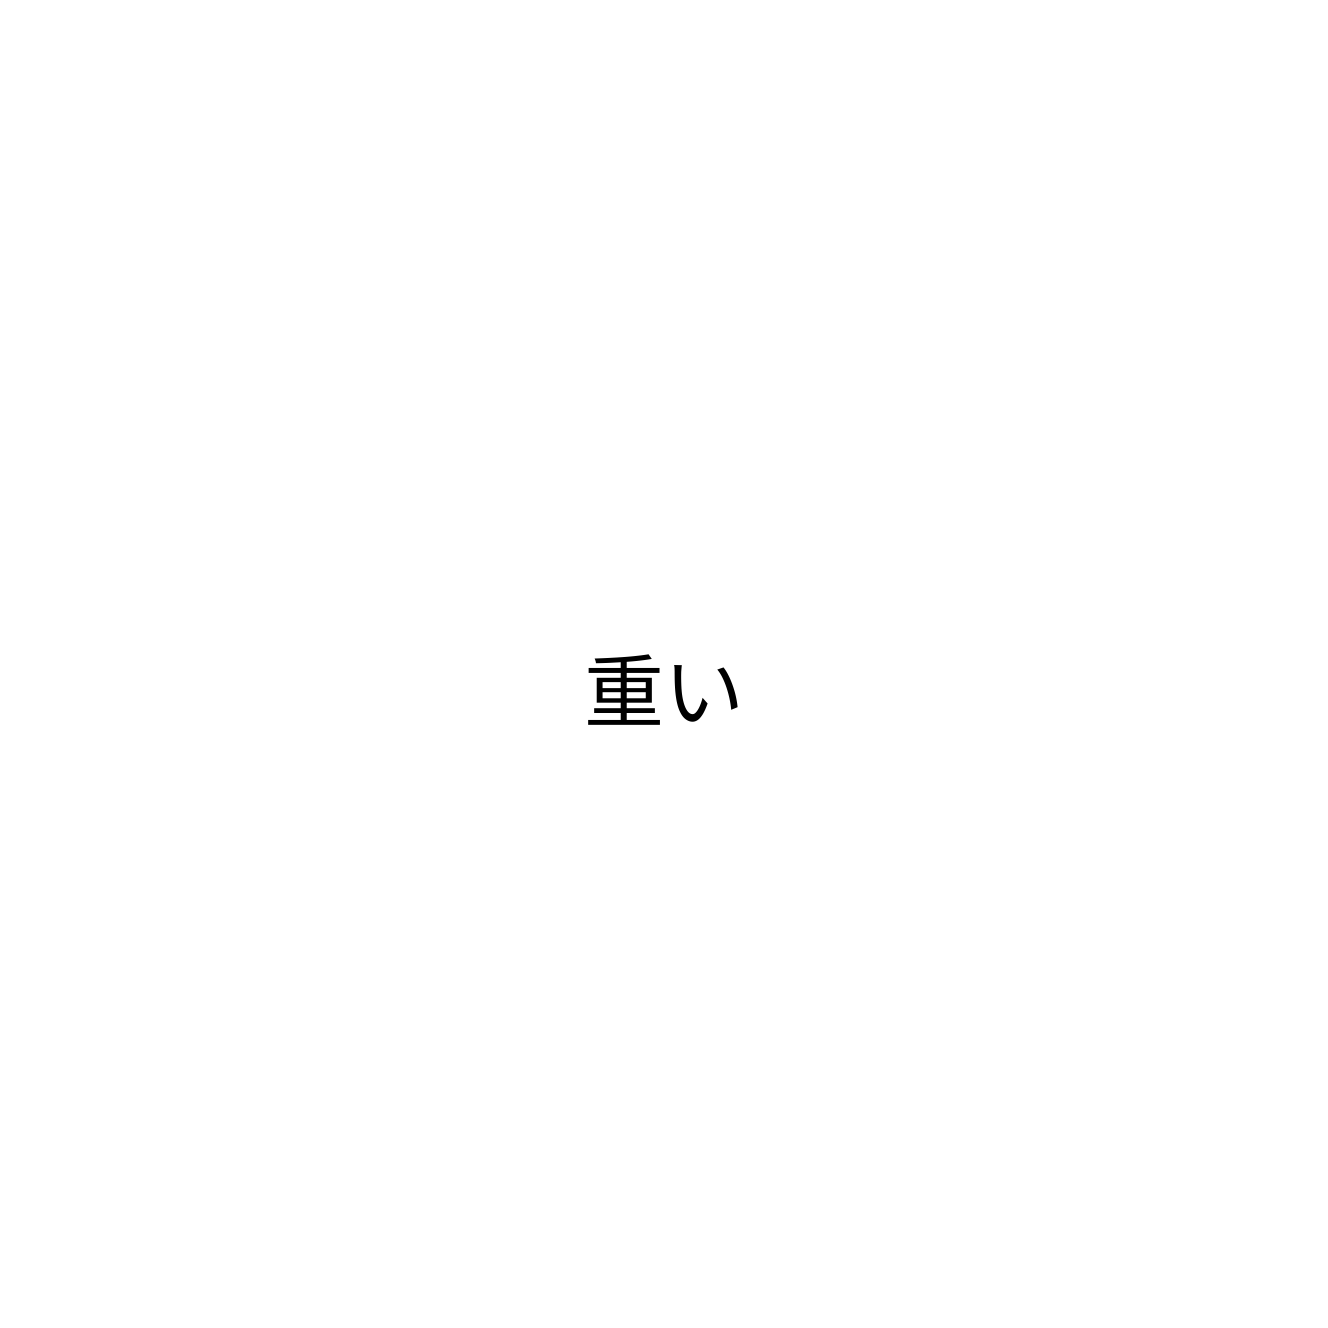
重い